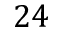
2 4